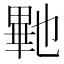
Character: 𭻠